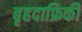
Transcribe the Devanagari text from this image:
बृहदाफ्रिकी